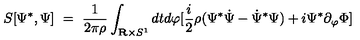
S [ \Psi ^ { * } , \Psi ] \ = \ { \frac { 1 } { 2 \pi \rho } } \int _ { { \bf R } \times S ^ { 1 } } d t d \varphi [ { \frac { i } { 2 } } \rho ( \Psi ^ { * } { \dot { \Psi } } - { \dot { \Psi } } ^ { * } \Psi ) + i \Psi ^ { * } \partial _ { \varphi } \Phi ]